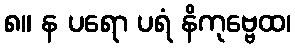
၈။ န ပရော ပရံ နိကုဗ္ဗေထ၊